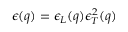
\epsilon ( q ) = \epsilon _ { L } ( q ) \epsilon _ { T } ^ { 2 } ( q )